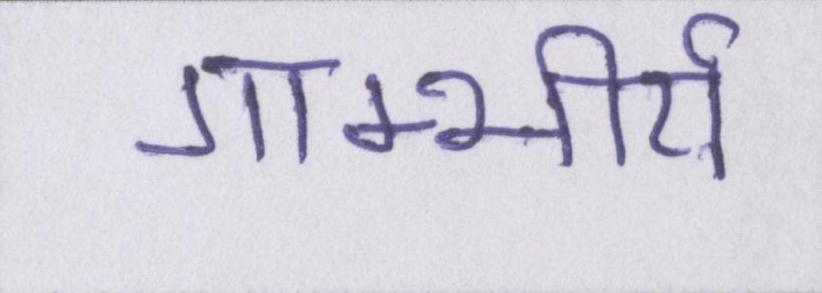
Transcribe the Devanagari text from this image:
गाम्भीर्य